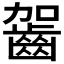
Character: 𪗬